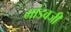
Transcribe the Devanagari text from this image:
मांडवजी